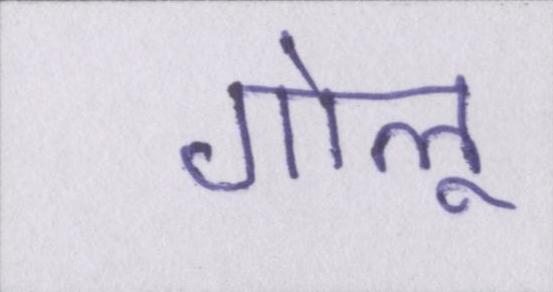
गोलू